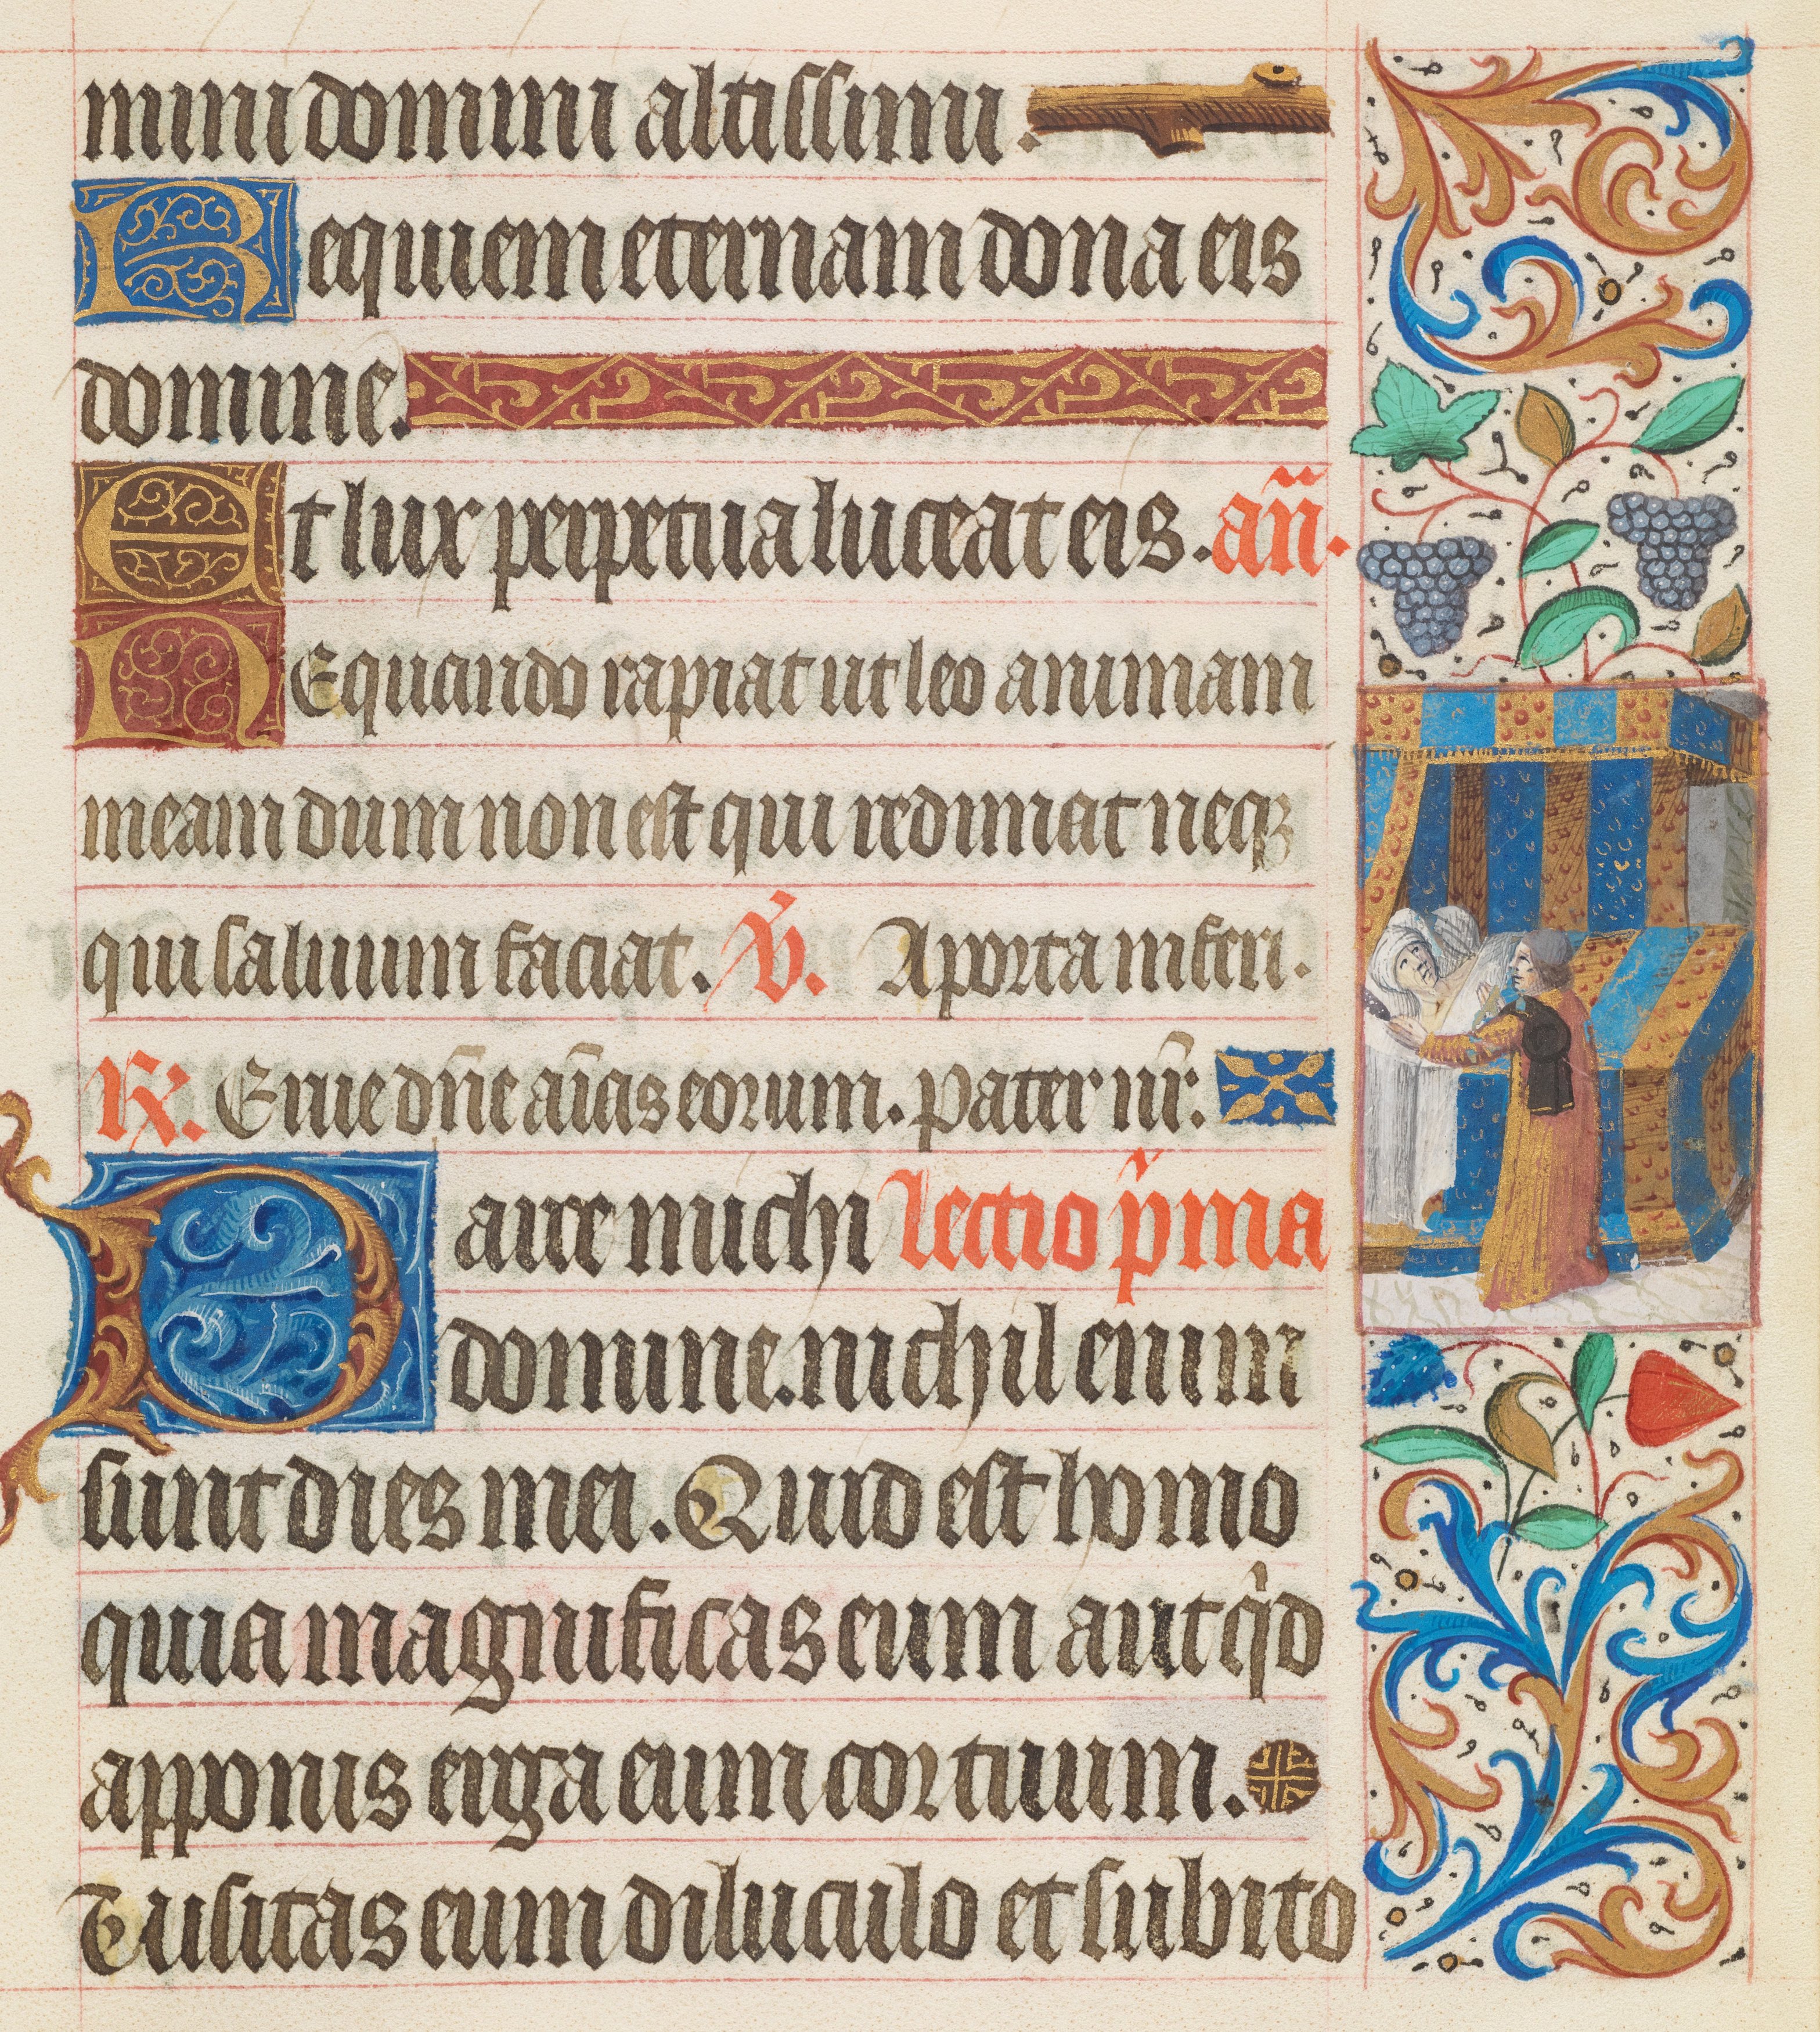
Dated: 1425–1449